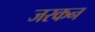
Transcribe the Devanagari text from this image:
जरकन